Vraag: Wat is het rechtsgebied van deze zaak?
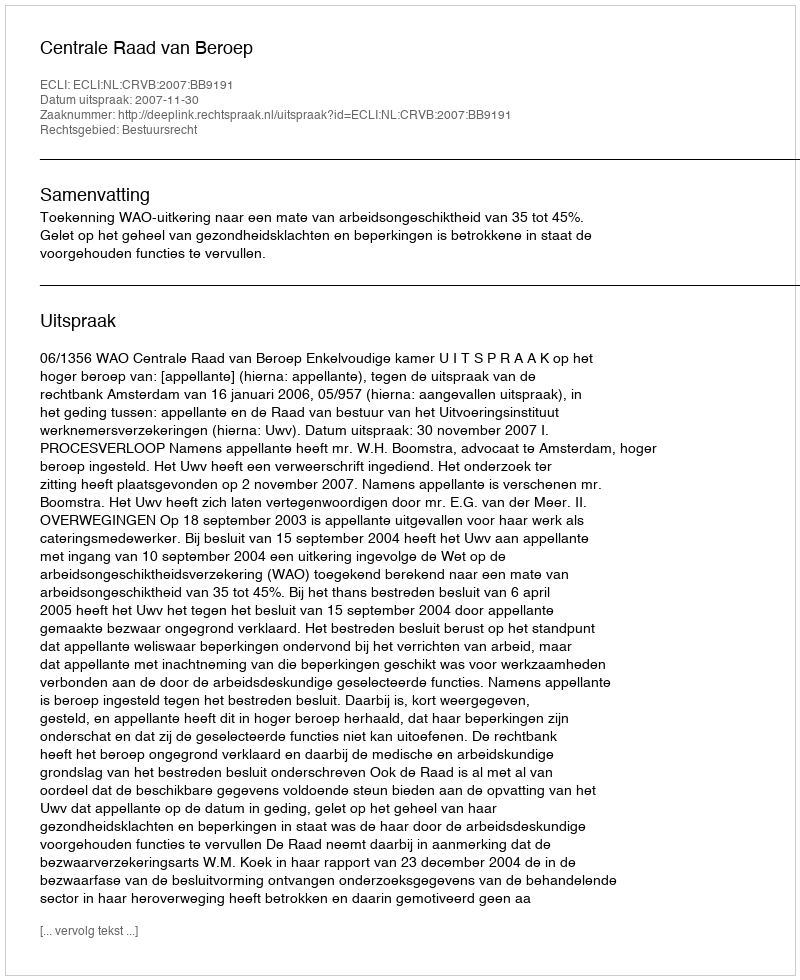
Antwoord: Bestuursrecht